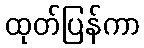
ထုတ်ပြန်ကာ